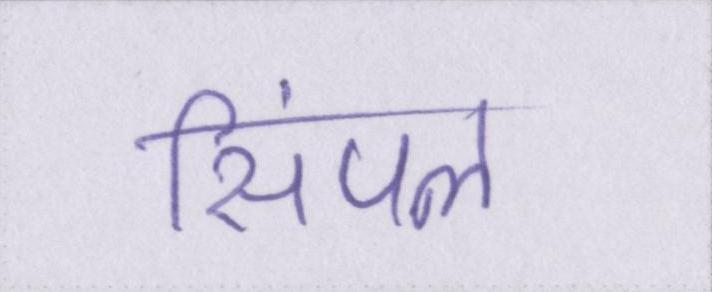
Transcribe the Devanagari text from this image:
सिंपल